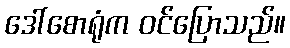
ဒေါ်စောရုံက ဝင်ပြောသည်။